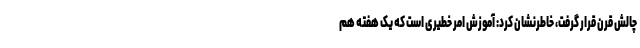
چالش قرن قرار گرفت، خاطرنشان کرد: آموزش امر خطیری است که یک هفته هم